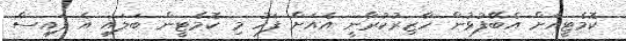
ކޮމެޓީއަށް އެބޭފުޅުން ހާޒިރުކުރާނީ އެއަށް ފަހު މި ކޮމެޓީން ބަލައި އެ ފައިސާ